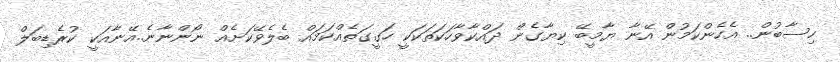
ހިސާބުން.. އެހެންކަމުން އޭނާ ޔާމީބޭ ކިޔާގެން ދައްކާވާހަކަތަކަކީ ހަގީގަތެއްކަމައް ބެލެވޭކަށެއް ނޯންނާނެ..އޭނާއަކީ ކުރެޑިބަލް